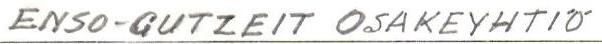
ENSO-GUTZEIT OSAKEYHTIÖ